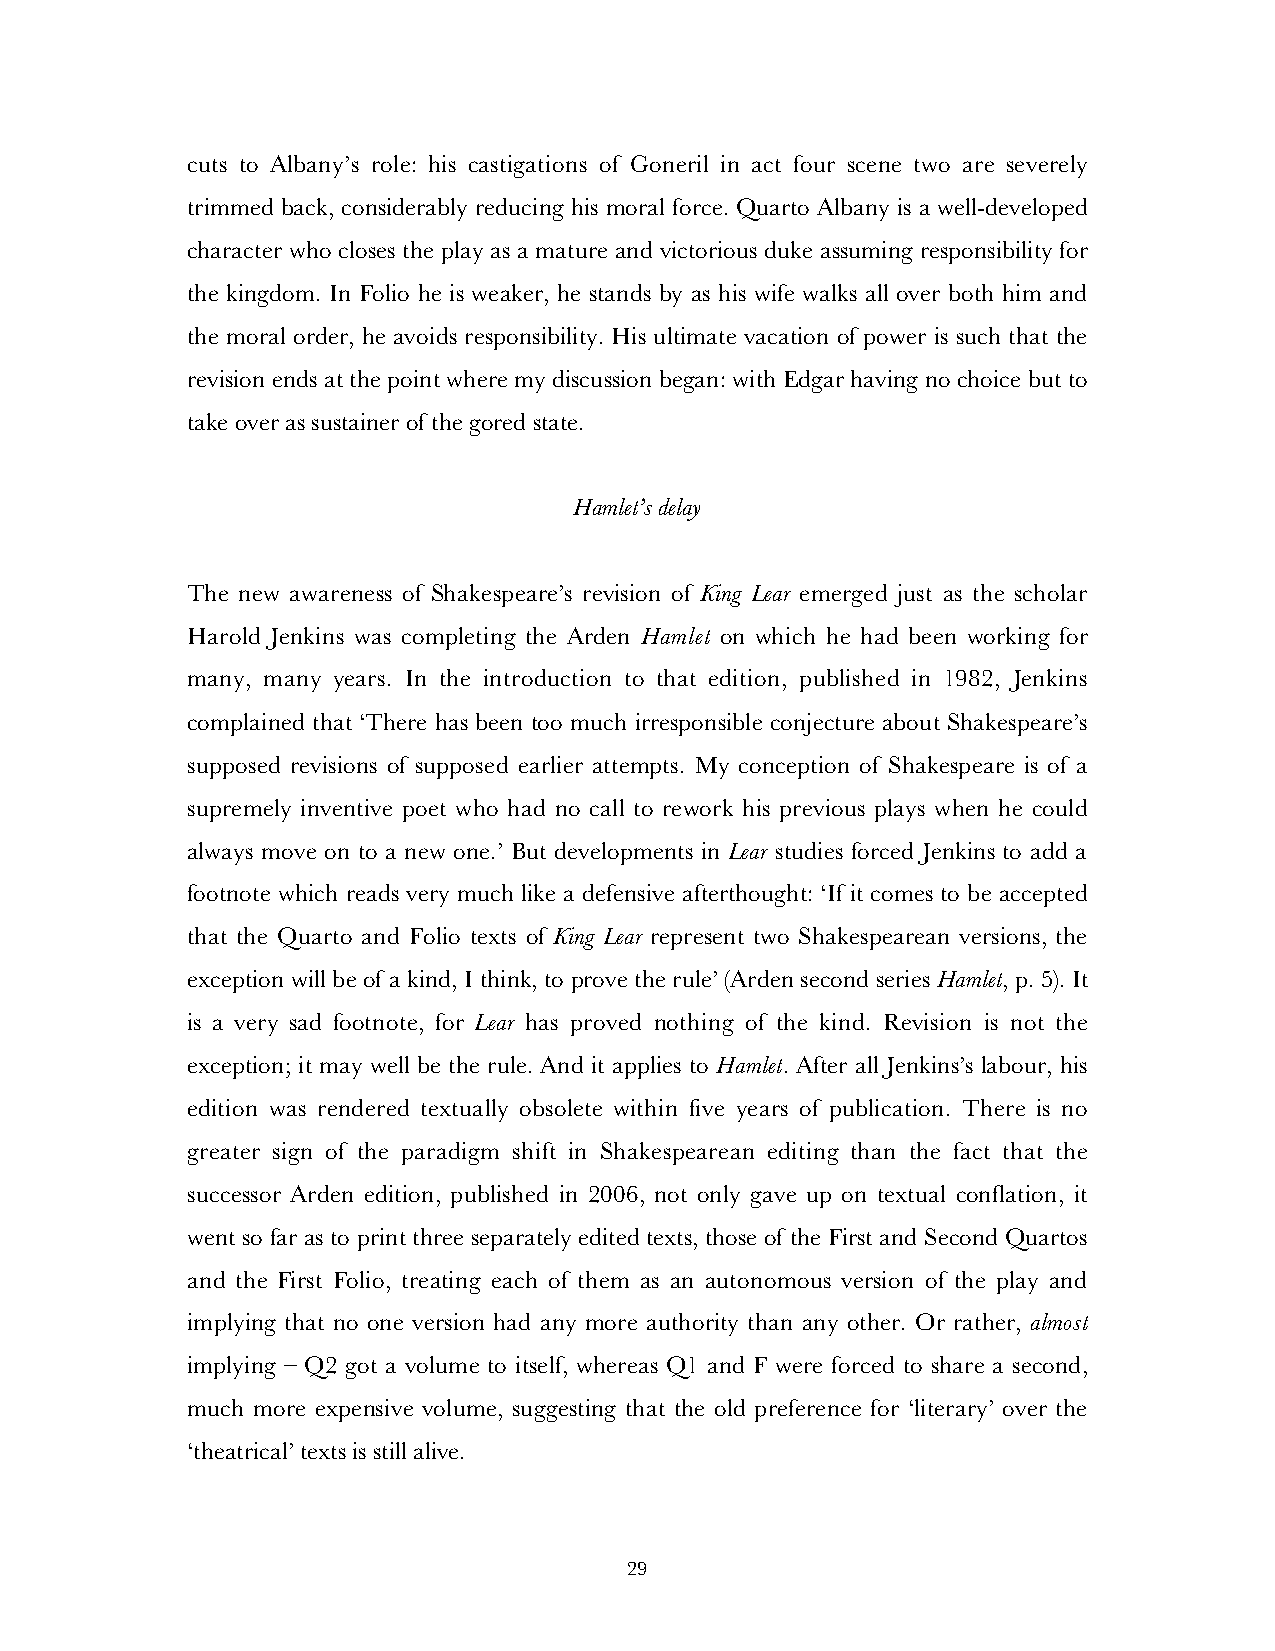
cuts to Albany’s role: his castigations of Goneril in act four scene two are severely
 trimmed back, considerably reducing his moral force. Quarto Albany is a well-developed
 character who closes the play as a mature and victorious duke assuming responsibility for
 the kingdom. In Folio he is weaker, he stands by as his wife walks all over both him and
 the moral order, he avoids responsibility. His ultimate vacation of power is such that the
 revision ends at the point where my discussion began: with Edgar having no choice but to
 take over as sustainer of the gored state.
 Hamlet’s delay
 The new awareness of Shakespeare’s revision of King Lear emerged just as the scholar
 Harold Jenkins was completing the Arden Hamlet on which he had been working for
 many, many years. In the introduction to that edition, published in 1982, Jenkins
 complained that ‘There has been too much irresponsible conjecture about Shakespeare’s
 supposed revisions of supposed earlier attempts. My conception of Shakespeare is of a
 supremely inventive poet who had no call to rework his previous plays when he could
 always move on to a new one.’ But developments in Lear studies forced Jenkins to add a
 footnote which reads very much like a defensive afterthought: ‘If it comes to be accepted
 that the Quarto and Folio texts of King Lear represent two Shakespearean versions, the
 exception will be of a kind, I think, to prove the rule’ (Arden second series Hamlet, p. 5). It
 is a very sad footnote, for Lear has proved nothing of the kind. Revision is not the
 exception; it may well be the rule. And it applies to Hamlet. After all Jenkins’s labour, his
 edition was rendered textually obsolete within five years of publication. There is no
 greater sign of the paradigm shift in Shakespearean editing than the fact that the
 successor Arden edition, published in 2006, not only gave up on textual conflation, it
 went so far as to print three separately edited texts, those of the First and Second Quartos
 and the First Folio, treating each of them as an autonomous version of the play and
 implying that no one version had any more authority than any other. Or rather, almost
 implying – Q2 got a volume to itself, whereas Q1 and F were forced to share a second,
 much more expensive volume, suggesting that the old preference for ‘literary’ over the
 ‘theatrical’ texts is still alive.
 29